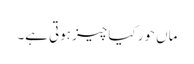
ماں حور کیا چیز ہوتی ہے۔